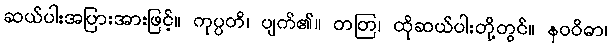
ဆယ်ပါးအပြားအားဖြင့်။ ကုပ္ပတိ၊ ပျက်၏။ တတြ၊ ထိုဆယ်ပါးတို့တွင်။ နဝဝိဓာ၊